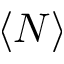
\langle N \rangle